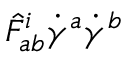
{ \hat { F } } _ { a b } ^ { i } { \dot { \gamma } } ^ { a } { \dot { \gamma } } ^ { b }